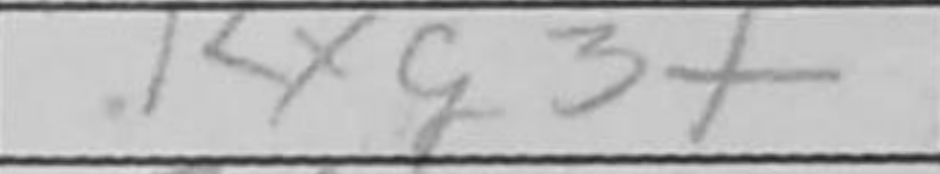
Transcription: Rxg3+